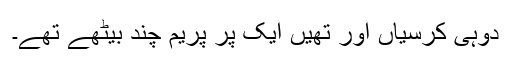
دوہی کرسیاں اور تھیں ایک پر پریم چند بیٹھے تھے۔